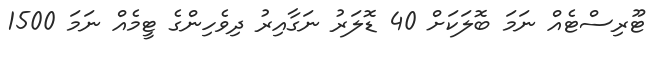
ޓޫރިސްޓެއް ނަމަ ބޮލަކަށް 40 ޑޮލަރު ނަގާއިރު ދިވެހިންގެ ޓީމެއް ނަމަ 1500